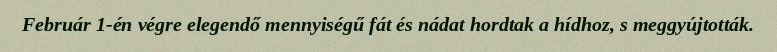
Február 1-én végre elegendő mennyiségű fát és nádat hordtak a hídhoz, s meggyújtották.